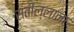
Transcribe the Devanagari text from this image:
संतील्लाना